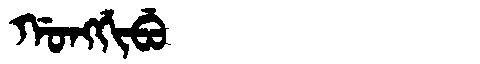
Manchu: ᡤᠣᠩᡤᡳᠪᡠ
Romanization: GONGGIBU